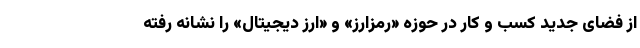
از فضای جدید کسب و کار در حوزه «رمزارز» و «ارز دیجیتال» را نشانه رفته